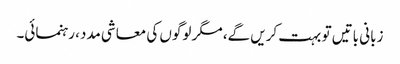
زبانی باتیں تو بہت کریں گے، مگر لوگوں کی معاشی مدد، رہنمائی۔